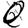
Digit: 0